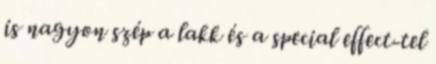
is nagyon szép a lakk és a special effect-tel